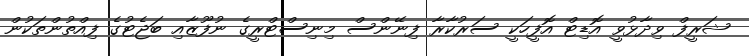
ޝަރީފް ވިދާޅުވީ އޮޑިޓް އޮފީހަކީ ސަރުކާރާ ފިނޭންސް މިނިސްޓްރީގެ ނުފޫޒާއި ބަޖެޓުގެ ފިއްތުންތަކުން